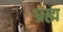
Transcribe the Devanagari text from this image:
भ्रह्म